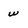
Character: w